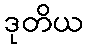
ဒုတိယ